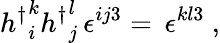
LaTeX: {h^{\dagger}}_{i}^{k}{h^{\dagger}}_{j}^{l}\, \epsilon^{ij3}=\, \epsilon^{kl3}\ ,